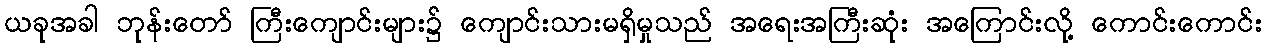
ယခုအခါ ဘုန်းတော် ကြီးကျောင်းများ၌ ကျောင်းသားမရှိမှုသည် အရေးအကြီးဆုံး အကြောင်းလို့ ကောင်းကောင်း